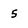
Character: 5